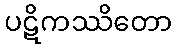
ပဋိကဿိတော